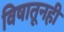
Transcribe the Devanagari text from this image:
विषातूनही